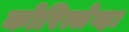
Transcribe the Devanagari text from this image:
कोरित्सेव्हा